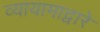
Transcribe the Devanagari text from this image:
व्यायामाद्वारे